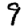
Digit: 9